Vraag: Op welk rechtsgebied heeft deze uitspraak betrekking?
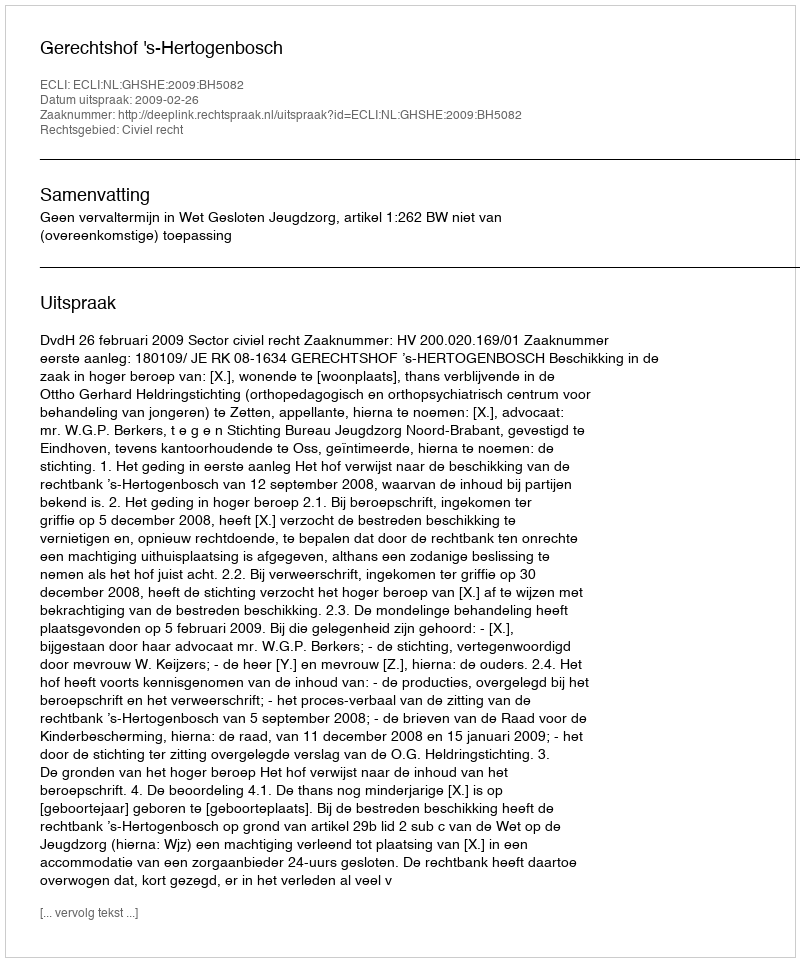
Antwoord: Civiel recht